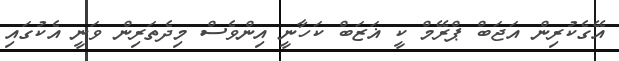
އޭގެކުރިން އަޖަބް ޕްރޭމް ކީ ޣަޒަބް ކަހާނީ އިިންވެސް މިދެތަރިން ވަނީ އެކުގައި